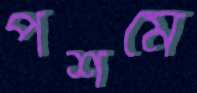
পশমে